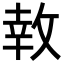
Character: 𪯎